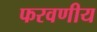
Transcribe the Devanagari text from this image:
फरवणीय